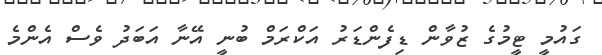
ގައުމީ ޓީމުގެ ޒުވާން ޑިފެންޑަރު އަކްރަމް ބުނީ އޭނާ އަބަދު ވެސް އެންމެ